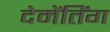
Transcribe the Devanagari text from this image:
देमेंतिंग